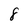
Character: 8